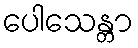
ပေါသေန္တာ